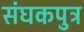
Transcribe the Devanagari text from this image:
संघकपुत्र